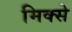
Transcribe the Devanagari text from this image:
मिक्से